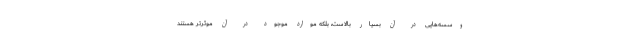
وسسه‌هایی در آن بسیار بالاست، بلکه موارد موجود در آن موثرتر هستند